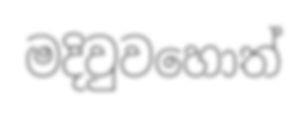
මදිවුවහොත්